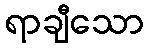
ရာချီသော